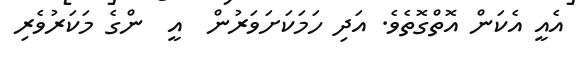
އެއީ އެކަން އޮތްގޮތެވެ. އަދި ހަމަކަށަވަރުން  އީ  ންގެ މަކަރުވެރި